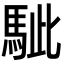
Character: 𩢭